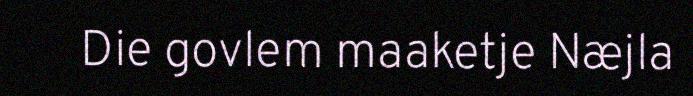
Die govlem maaketje Næjla